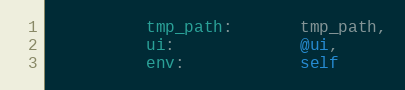
Language: Ruby
          tmp_path:       tmp_path,
          ui:             @ui,
          env:            self